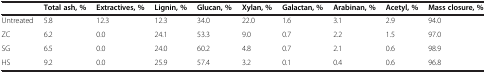
|  | Total ash, % | Extractives, % | Lignin, % | Glucan, % | Xylan, % | Galactan, % | Arabinan, % | Acetyl, % | Mass closure, % |
 | --- | --- | --- | --- | --- | --- | --- | --- | --- | --- |
 | Untreated | 5.8 | 12.3 | 12.3 | 34.0 | 22.0 | 1.6 | 3.1 | 2.9 | 94.0 |
 | ZC | 6.2 | 0.0 | 24.1 | 53.3 | 9.0 | 0.7 | 2.2 | 1.5 | 97.0 |
 | SG | 6.5 | 0.0 | 24.0 | 60.2 | 4.8 | 0.7 | 2.1 | 0.6 | 98.9 |
 | HS | 9.2 | 0.0 | 25.9 | 57.4 | 3.2 | 0.1 | 0.4 | 0.6 | 96.8 |